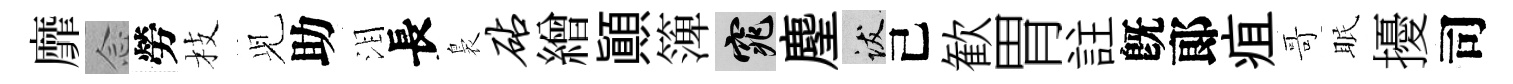
靡𫝹勞枝𫤗助泪長裊砧繒顚𥱼窕麈跋己歓胃註旣郞疽哥眠擾司